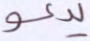
يدعو